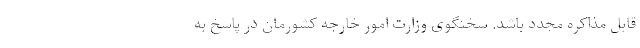
قابل مذاکره مجدد باشد. سخنگوی وزارت امور خارجه کشورمان در پاسخ به